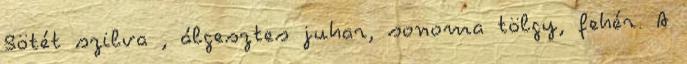
Sötét szilva , álgesztes juhar, sonoma tölgy, fehér. A